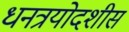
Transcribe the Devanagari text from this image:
धनत्रयोदशीस